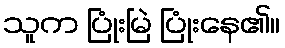
သူက ပြုံးမြဲ ပြုံးနေ၏။